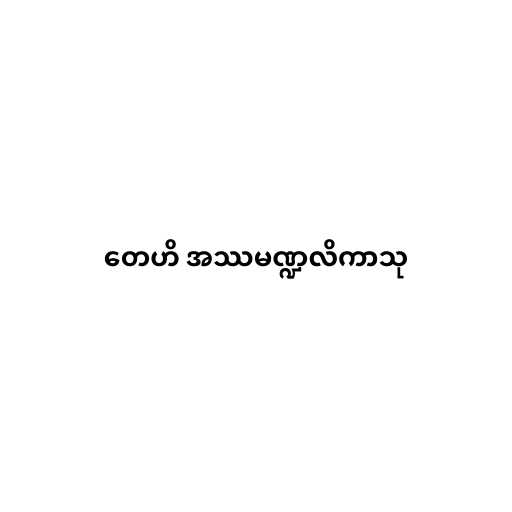
တေဟိ အဿမဏ္ဍလိကာသု